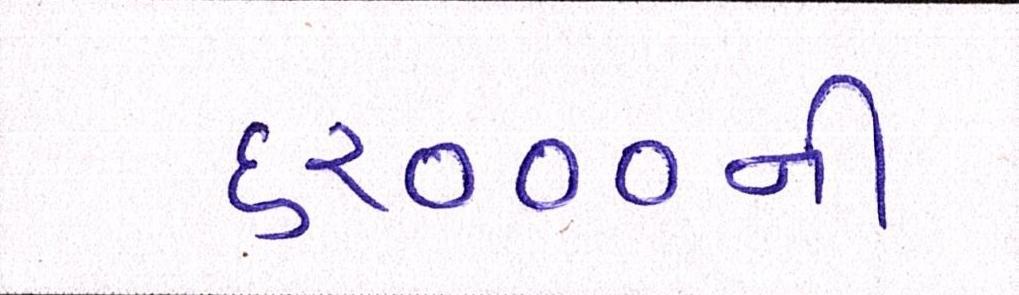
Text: ૬૨૦૦૦ની